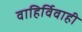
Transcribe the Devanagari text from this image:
वाहिर्विवाही